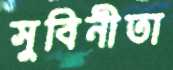
সুবিনীতা